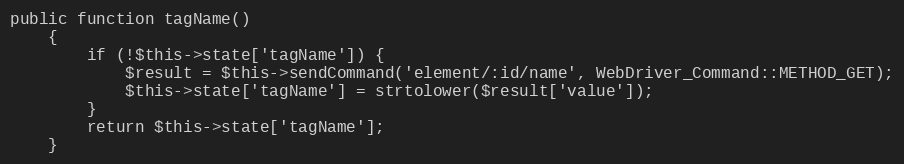
Language: PHP
public function tagName()
    {
        if (!$this->state['tagName']) {
            $result = $this->sendCommand('element/:id/name', WebDriver_Command::METHOD_GET);
            $this->state['tagName'] = strtolower($result['value']);
        }
        return $this->state['tagName'];
    }